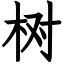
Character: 树